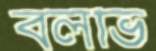
বলভি